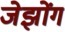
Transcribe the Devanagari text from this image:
जेझोंग